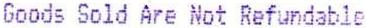
GOODS SOLD ARE NOT REFUNDABLE